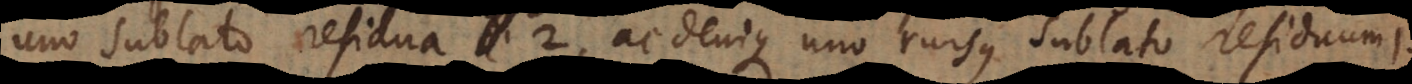
uno sublato residua 2, ac denique uno rursus sublato residuum 1.